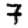
Digit: 7